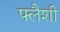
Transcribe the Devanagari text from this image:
फ्लैशी